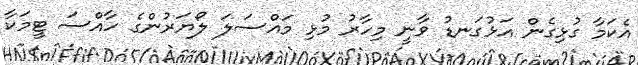
އެކަމާ ގުޅިގެން އަޅުގަނޑު ވާނީ މިހާރު މުޅި މައްސަލަ ލޯޔަރުންގެ ހާއްސަ ޓީމަކާ